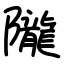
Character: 隴